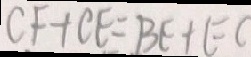
C F + C E = B E + E C